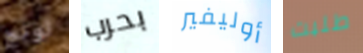
لونج بحرب أوليفير طلبت